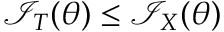
{ \mathcal { I } } _ { T } ( \theta ) \leq { \mathcal { I } } _ { X } ( \theta )